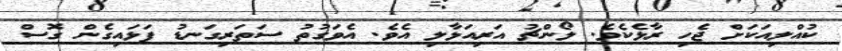
ކުއްލިއަކަށް ޖެހި ރާޅެކެވެ. ލޯންޗު އަރިއަޅާލި އެވެ. އެވަގުތު ސަތަރިގަނޑު ފަޅައިގެން ގޮސް